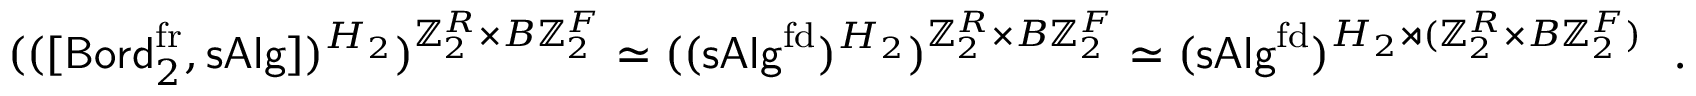
\begin{array} { r } { ( ( [ { \mathsf { B o r d } } _ { 2 } ^ { \operatorname { f r } } , { \mathsf { s A l g } } ] ) ^ { H _ { 2 } } ) ^ { \mathbb { Z } _ { 2 } ^ { R } \times B \mathbb { Z } _ { 2 } ^ { F } } \simeq ( ( { \mathsf { s A l g } } ^ { \mathrm { f d } } ) ^ { H _ { 2 } } ) ^ { \mathbb { Z } _ { 2 } ^ { R } \times B \mathbb { Z } _ { 2 } ^ { F } } \simeq ( { \mathsf { s A l g } } ^ { \mathrm { f d } } ) ^ { { H _ { 2 } } \rtimes ( \mathbb { Z } _ { 2 } ^ { R } \times B \mathbb { Z } _ { 2 } ^ { F } ) } \ \ . } \end{array}